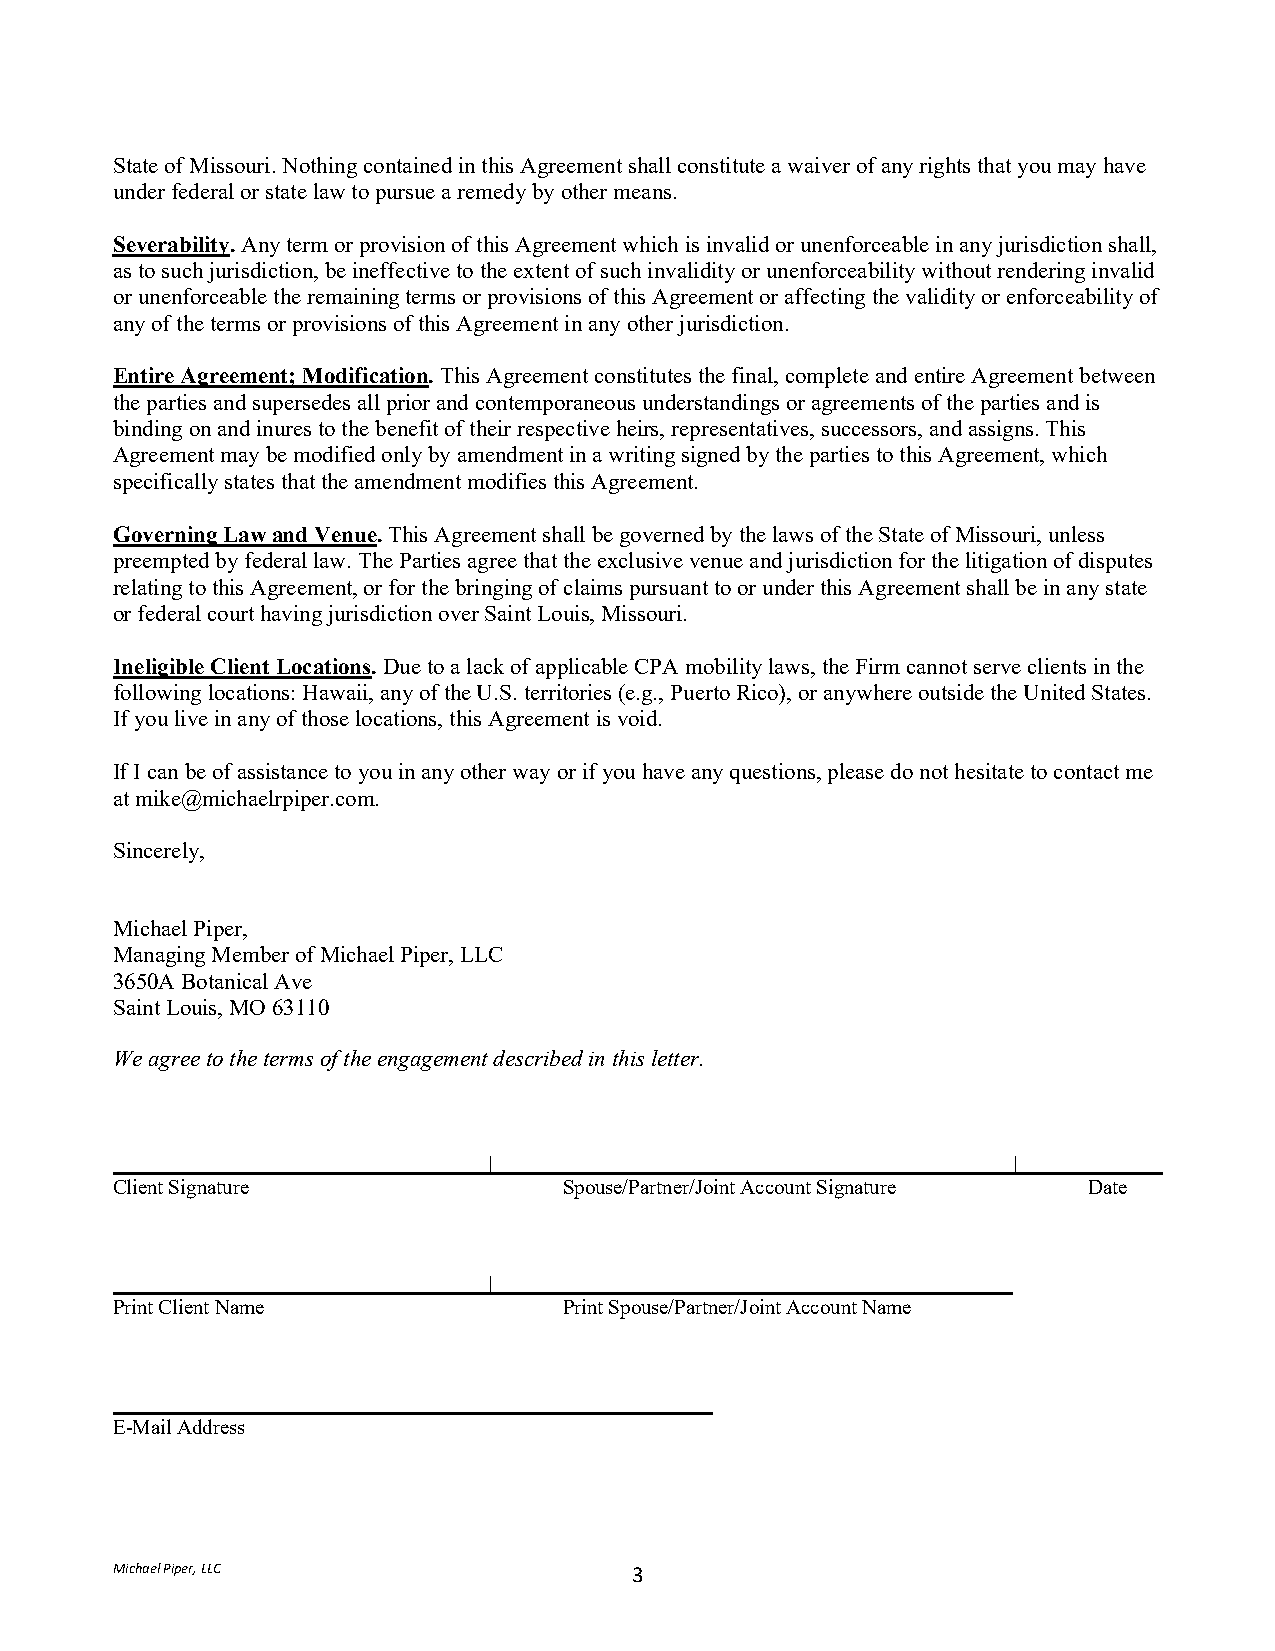
State of Missouri. Nothing contained in this Agreement shall constitute a waiver of any rights that you may have
 under federal or state law to pursue a remedy by other means.
 Severability. Any term or provision of this Agreement which is invalid or unenforceable in any jurisdiction shall,
 as to such jurisdiction, be ineffective to the extent of such invalidity or unenforceability without rendering invalid
 or unenforceable the remaining terms or provisions of this Agreement or affecting the validity or enforceability of
 any of the terms or provisions of this Agreement in any other jurisdiction.
 Entire Agreement; Modification. This Agreement constitutes the final, complete and entire Agreement between
 the parties and supersedes all prior and contemporaneous understandings or agreements of the parties and is
 binding on and inures to the benefit of their respective heirs, representatives, successors, and assigns. This
 Agreement may be modified only by amendment in a writing signed by the parties to this Agreement, which
 specifically states that the amendment modifies this Agreement.
 Governing Law and Venue. This Agreement shall be governed by the laws of the State of Missouri, unless
 preempted by federal law. The Parties agree that the exclusive venue and jurisdiction for the litigation of disputes
 relating to this Agreement, or for the bringing of claims pursuant to or under this Agreement shall be in any state
 or federal court having jurisdiction over Saint Louis, Missouri.
 Ineligible Client Locations. Due to a lack of applicable CPA mobility laws, the Firm cannot serve clients in the
 following locations: Hawaii, any of the U.S. territories (e.g., Puerto Rico), or anywhere outside the United States.
 If you live in any of those locations, this Agreement is void.
 If I can be of assistance to you in any other way or if you have any questions, please do not hesitate to contact me
 at mike@michaelrpiper.com.
 Sincerely,
 Michael Piper,
 Managing Member of Michael Piper, LLC
 3650A Botanical Ave
 Saint Louis, MO 63110
 We agree to the terms of the engagement described in this letter.
 |                                  |
 Client Signature              Spouse/Partner/Joint Account Signature Date
 |
 Print Client Name             Print Spouse/Partner/Joint Account Name
 E-Mail Address
 Michael Piper, LLC                 3